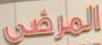
المرضى